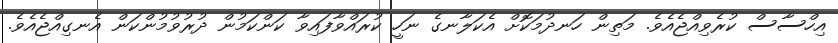
އިހްސާސް ކުރެވިއްޖެއެވެ. މަތިން ހަނދުމަކޮށް އެކަލާނގެ ނަހީ ކުރައްވާފައިވާ ކަންކަމުން ދުރުވުމުންކަން އެނގިއްޖެއެވެ.